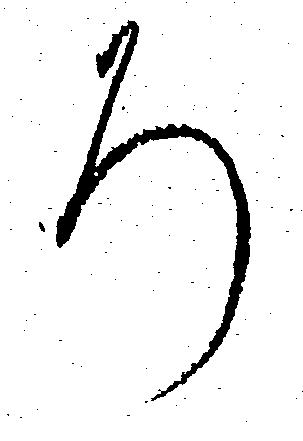
ろ